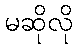
မဆိုလို